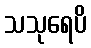
သသုရေပိ